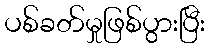
ပစ်ခတ်မှုဖြစ်ပွားပြီး